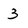
Character: 3